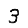
Digit: 3